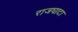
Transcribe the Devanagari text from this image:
राजघाटा